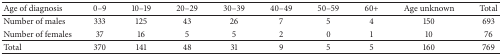
| Age of diagnosis | 0–9 | 10–19 | 20–29 | 30–39 | 40–49 | 50–59 | 60+ | Age unknown | Total |
 | --- | --- | --- | --- | --- | --- | --- | --- | --- | --- |
 | Number of males | 333 | 125 | 43 | 26 | 7 | 5 | 4 | 150 | 693 |
 | Number of females | 37 | 16 | 5 | 5 | 2 | 0 | 1 | 10 | 76 |
 | Total | 370 | 141 | 48 | 31 | 9 | 5 | 5 | 160 | 769 |